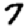
Digit: 7